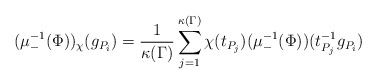
\begin{align*}(\mu_{-}^{-1}(\Phi))_\chi(g_{P_i})=\frac{1}{\kappa(\Gamma)}\sum_{j=1}^{\kappa(\Gamma)}\chi(t_{P_j})(\mu_{-}^{-1}(\Phi))(t_{P_j}^{-1}g_{P_i})\end{align*}